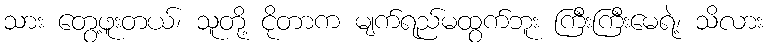
သား တွေ့ဖူးတယ်၊ သူတို့ ငိုတာက မျက်ရည်မထွက်ဘူး ကြီးကြီးမေရဲ့၊ သိလား